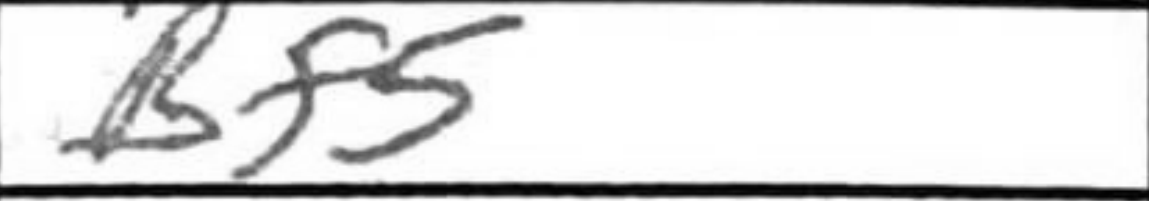
Transcription: Bf5